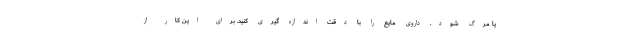
یا مرگ شود. داروی مایع را با دقت اندازه گیری کنید. برای این کار از